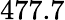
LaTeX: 477.7